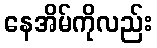
နေအိမ်ကိုလည်း